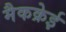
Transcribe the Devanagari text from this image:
मैकक्रेई